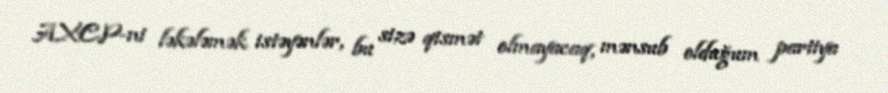
AXCP-ni ləkələmək istəyənlər, bu sizə qismət olmayacaq, mənsub olduğum partiya